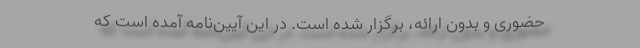
حضوری و بدون ارائه، برگزار شده است. در این آیین‌نامه آمده است که